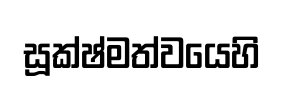
සූක්ෂ්මත්වයෙහි